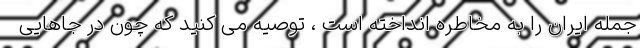
جمله ایران را به مخاطره انداخته است ، توصیه می کنید که چون در جاهایی